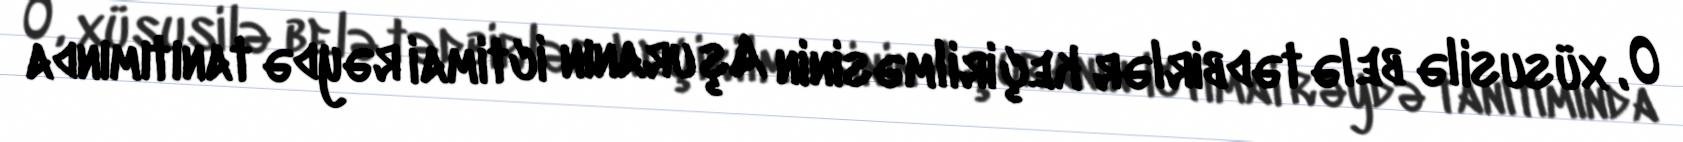
O, xüsusilə belə tədbirlər keçirilməsinin Aşuranın ictimai rəydə tanıtımında